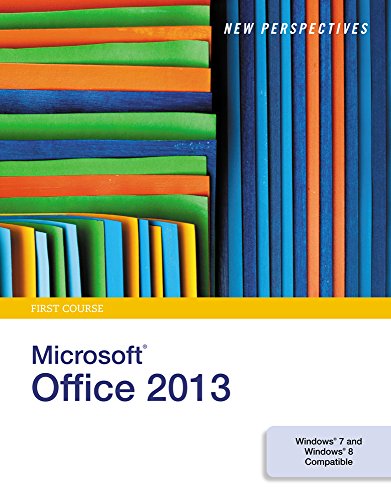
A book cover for New Perspectives on Microsoft Office 2013, First Course; Ann Shaffer; Computers & Technology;